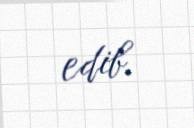
edib.